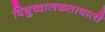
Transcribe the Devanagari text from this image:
विद्युच्चालकतावाली